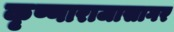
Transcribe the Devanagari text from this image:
कृष्णाराजासागर